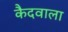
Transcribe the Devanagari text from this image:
कैदवाला